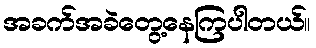
အခက်အခဲတွေ့နေကြပါတယ်။